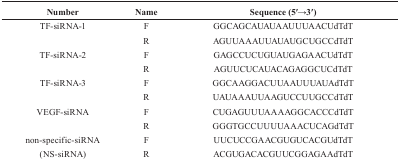
<table><thead><tr><td><b>Number</b></td><td><b>Name</b></td><td><b>Sequence (5′→3′)</b></td></tr></thead><tbody><tr><td>TF-siRNA-1</td><td>F</td><td>GGCAGCAUAUAAUUUAACUdTdT</td></tr><tr><td></td><td>R</td><td>AGUUAAAUUAUAUGCUGCCdTdT</td></tr><tr><td>TF-siRNA-2</td><td>F</td><td>GAGCCUCUGUAUGAGAACUdTdT</td></tr><tr><td></td><td>R</td><td>AGUUCUCAUACAGAGGCUCdTdT</td></tr><tr><td>TF-siRNA-3</td><td>F</td><td>GGCAAGGACUUAAUUUAUAdTdT</td></tr><tr><td></td><td>R</td><td>UAUAAAUUAAGUCCUUGCCdTdT</td></tr><tr><td>VEGF-siRNA</td><td>F</td><td>CUGAGUUUAAAAGGCACCCdTdT</td></tr><tr><td></td><td>R</td><td>GGGTGCCUUUUAAACUCAGdTdT</td></tr><tr><td>non-specific-siRNA</td><td>F</td><td>UUCUCCGAACGUGUCACGUdTdT</td></tr><tr><td>(NS-siRNA)</td><td>R</td><td>ACGUGACACGUUCGGAGAAdTdT</td></tr></tbody></table>